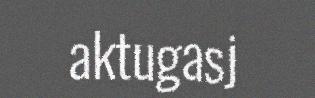
aktugasj